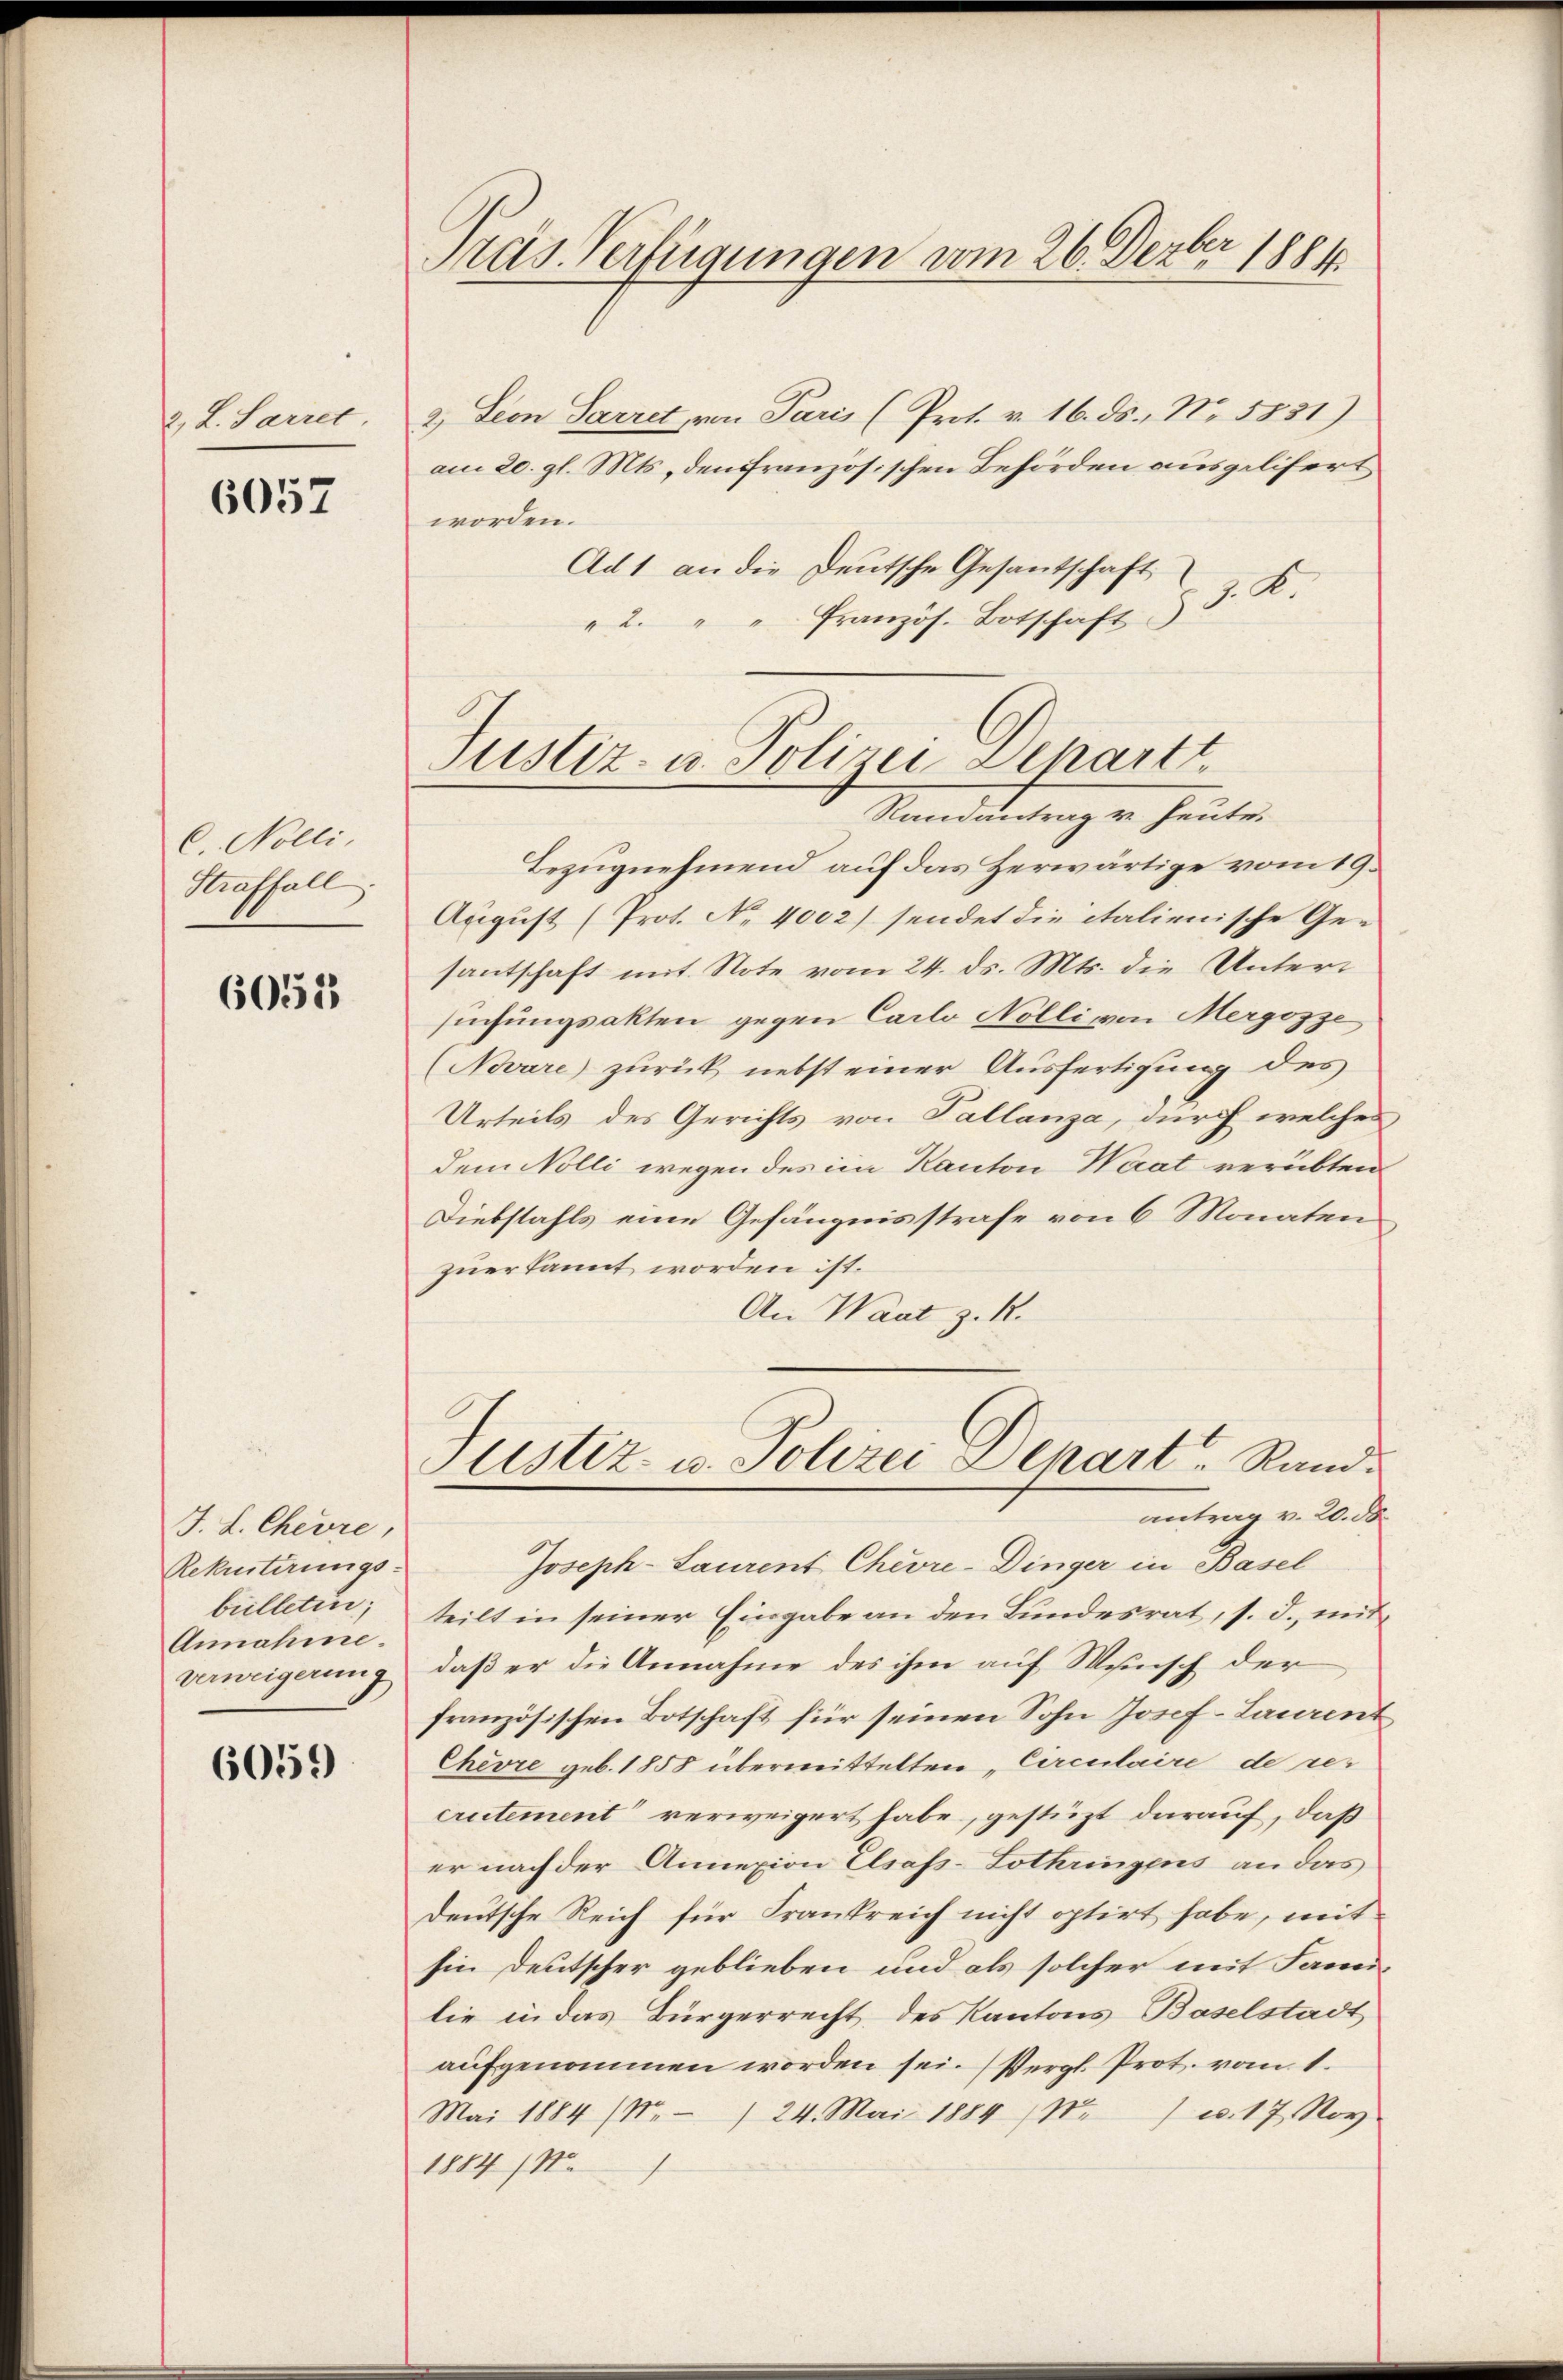
2, L. Sarret

6057

C. Nolli.
Straffall

6055

J. L. Chevre,
Rekurtirungs-
billetin;
Annahme.
verweigerung

6059

Präs. Verfügungen vom 26. Dezbr 1884

2. Leon Parret von Paris (Prot. v. 16. ds. No. 5831)
am 20. gl. Mts. den französischen Behörden ausgelifert
worden.
Ad 1 an die Deutsche Gesantschaft
2. " " französ. Botschaft § 3. K
Bezugnehmend auf das Herwärtige vom 19.
August (Prot. No 4002) sendet die italienische Ge-
santschaft mit Note vom 24. ds. Mts. die Untersuchungsakten gegen Carlo Nolli von Mergozze
Novare zurück nebst einer Ausfertigung des
Urteils des Gerichts von Tallanza, durch welches
dem Nolli wegen des im Kanton Waat verübten
Diebstahls eine Gefängnisstrafe von 6 Monaten
zuerkannt worden ist.
An Waat z. R.

Justiz- u. Polizei Departt
Randantrag v. Heute.

Justiz- u. Polizei Depart Randantrag v. 20. d.

Joseph-Saurent Chevre-Dinger in Basel
teilt in seiner Eingabe an den Bundesrat, s. d., mit
daß er die Annahme des ihm auf Wunsch der
französischen Botschaft für seinen Sohn Josef-Laurent
Chevre geb. 1858 übermittelten „Circulaire de res
crutement verweigert habe, gestüzt darauf, daß
er nach der Annexion Elsass-Lothringens an das
deutsche Reich für Frankreich nicht optirt habe, mit
hin Deutscher geblieben und als solcher mit Familie in das Bürgerrecht des Kantons Baselstadt
aufgenommen worden sei. (Vergl. Prot. vom 1.
Mai 1884 (Nr. 1 24. Mai 1884 (Nr.) u. 17. Nov
1884/1.
f